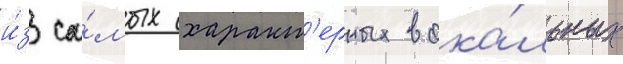
и́з са́мых характ'ерных вока́льных